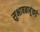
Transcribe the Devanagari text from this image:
सुभाषबाबूंकडे